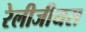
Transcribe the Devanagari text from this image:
रेलीजीयस